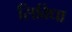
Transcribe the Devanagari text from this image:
सिविधा